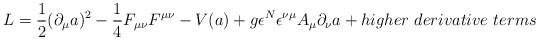
LaTeX: \begin{align*}L = {1\over{2}}(\partial_{\mu} a)^2 - {1 \over 4}F_{\mu\nu}F^{\mu\nu}- V(a) +g{\epsilon^N}\epsilon^{\nu\mu}A_{\mu}\partial_{\nu}a+ higher ~derivative~ terms\end{align*}